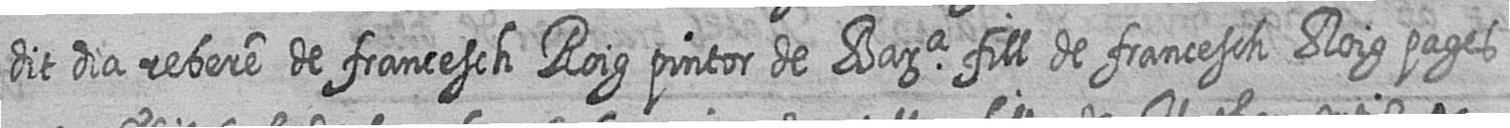
dit dia rebere de francesch Roig pintor de Bara fill de francesch Roig pages